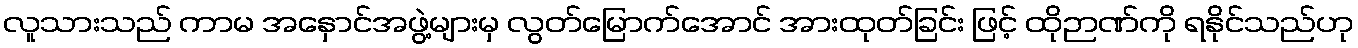
လူသားသည် ကာမ အနှောင်အဖွဲ့များမှ လွတ်မြောက်အောင် အားထုတ်ခြင်း ဖြင့် ထိုဉာဏ်ကို ရနိုင်သည်ဟု